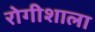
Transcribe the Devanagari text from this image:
रोगीशाला